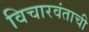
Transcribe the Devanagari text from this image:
विचारवंताची